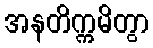
အနတိက္ကမိတွာ